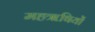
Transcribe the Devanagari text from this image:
महॠषियों